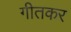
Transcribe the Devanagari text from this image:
गीतकर